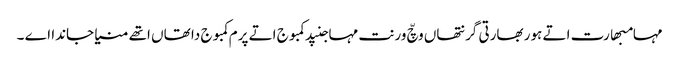
مہامبھارت اتے ہور بھارتی گرنتھاں وچّ ورنت مہاجنپد کمبوج اتے پرم کمبوج دا تھاں اتھے منیا جاندا اے ۔